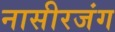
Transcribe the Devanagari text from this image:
नासीरजंग